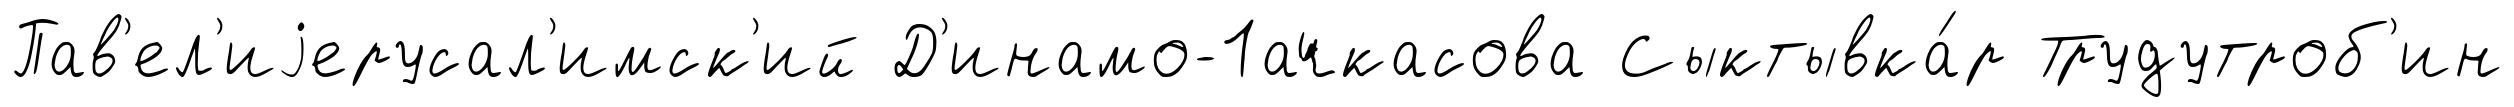
Пав'ел'иjерусал'имск'ий Д'инамо-1ачкасова Сыктывка́р Трудутроб'ин